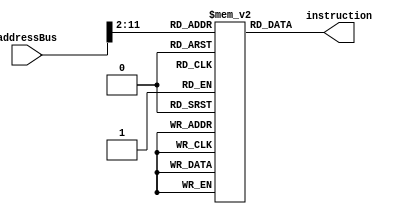
module instructionMemory(
input   [31:0] addressBus,
output  [31:0] instruction
);

reg [31:0] mem [1023:0];

initial
begin
    mem[0] = 32'h2001000a;
    mem[1] = 32'h20020014;
    mem[2] = 32'h00221820;
    mem[3] = 32'hac230064;
    mem[4] = 32'h0022202a;
    mem[5] = 32'h00232822;
    mem[6] = 32'h8ca60082;
    mem[7] = 32'h8cc50032;
    
end

assign instruction =  mem[addressBus[31:2]];


endmodule